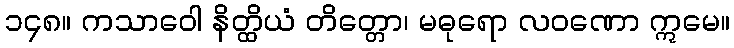
၁၄၈။ ကသာဝေါ နိတ္ထိယံ တိတ္တော၊ မဓုရော လဝဏော ဣမေ။